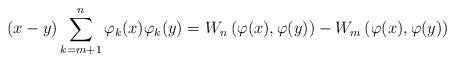
LaTeX: \begin{align*} (x-y)\sum_{k=m+1}^{n}\varphi_{k}(x)\varphi_{k}(y)=W_{n}\left(\varphi(x),\varphi(y)\right)-W_{m}\left(\varphi(x),\varphi(y)\right) \end{align*}